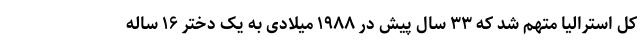
کل استرالیا متهم شد که ۳۳ سال پیش در ۱۹۸۸ میلادی به یک دختر ۱۶ ساله